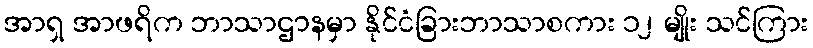
အာရှ အာဖရိက ဘာသာဌာနမှာ နိုင်ငံခြားဘာသာစကား ၁၂ မျိုး သင်ကြား